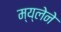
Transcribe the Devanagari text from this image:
म्य्लेने